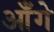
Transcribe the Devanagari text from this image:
आँगे